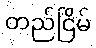
တည်ငြိမ်